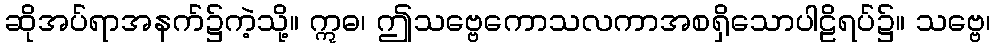
ဆိုအပ်ရာအနက်၌ကဲ့သို့။ ဣဓ၊ ဤသဗ္ဗေကောသလကာအစရှိသောပါဠိရပ်၌။ သဗ္ဗေ၊